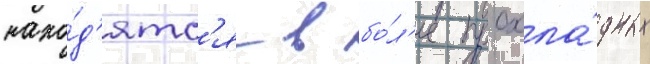
нахо́д'ятс'я в бо́л'ее прохла́дных